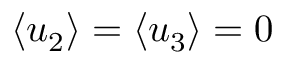
\left\langle { { u _ { 2 } } } \right\rangle = \left\langle { { u _ { 3 } } } \right\rangle = 0